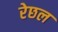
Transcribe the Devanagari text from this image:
रेछल